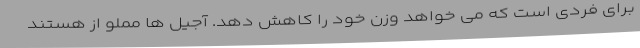
برای فردی است که می خواهد وزن خود را کاهش دهد. آجیل ها مملو از هستند